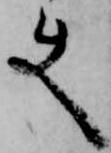
使